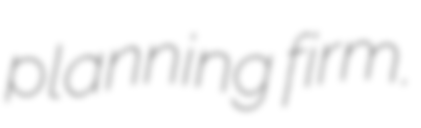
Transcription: planning firm.